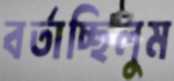
বর্তাচ্ছিলুম